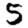
Digit: 5